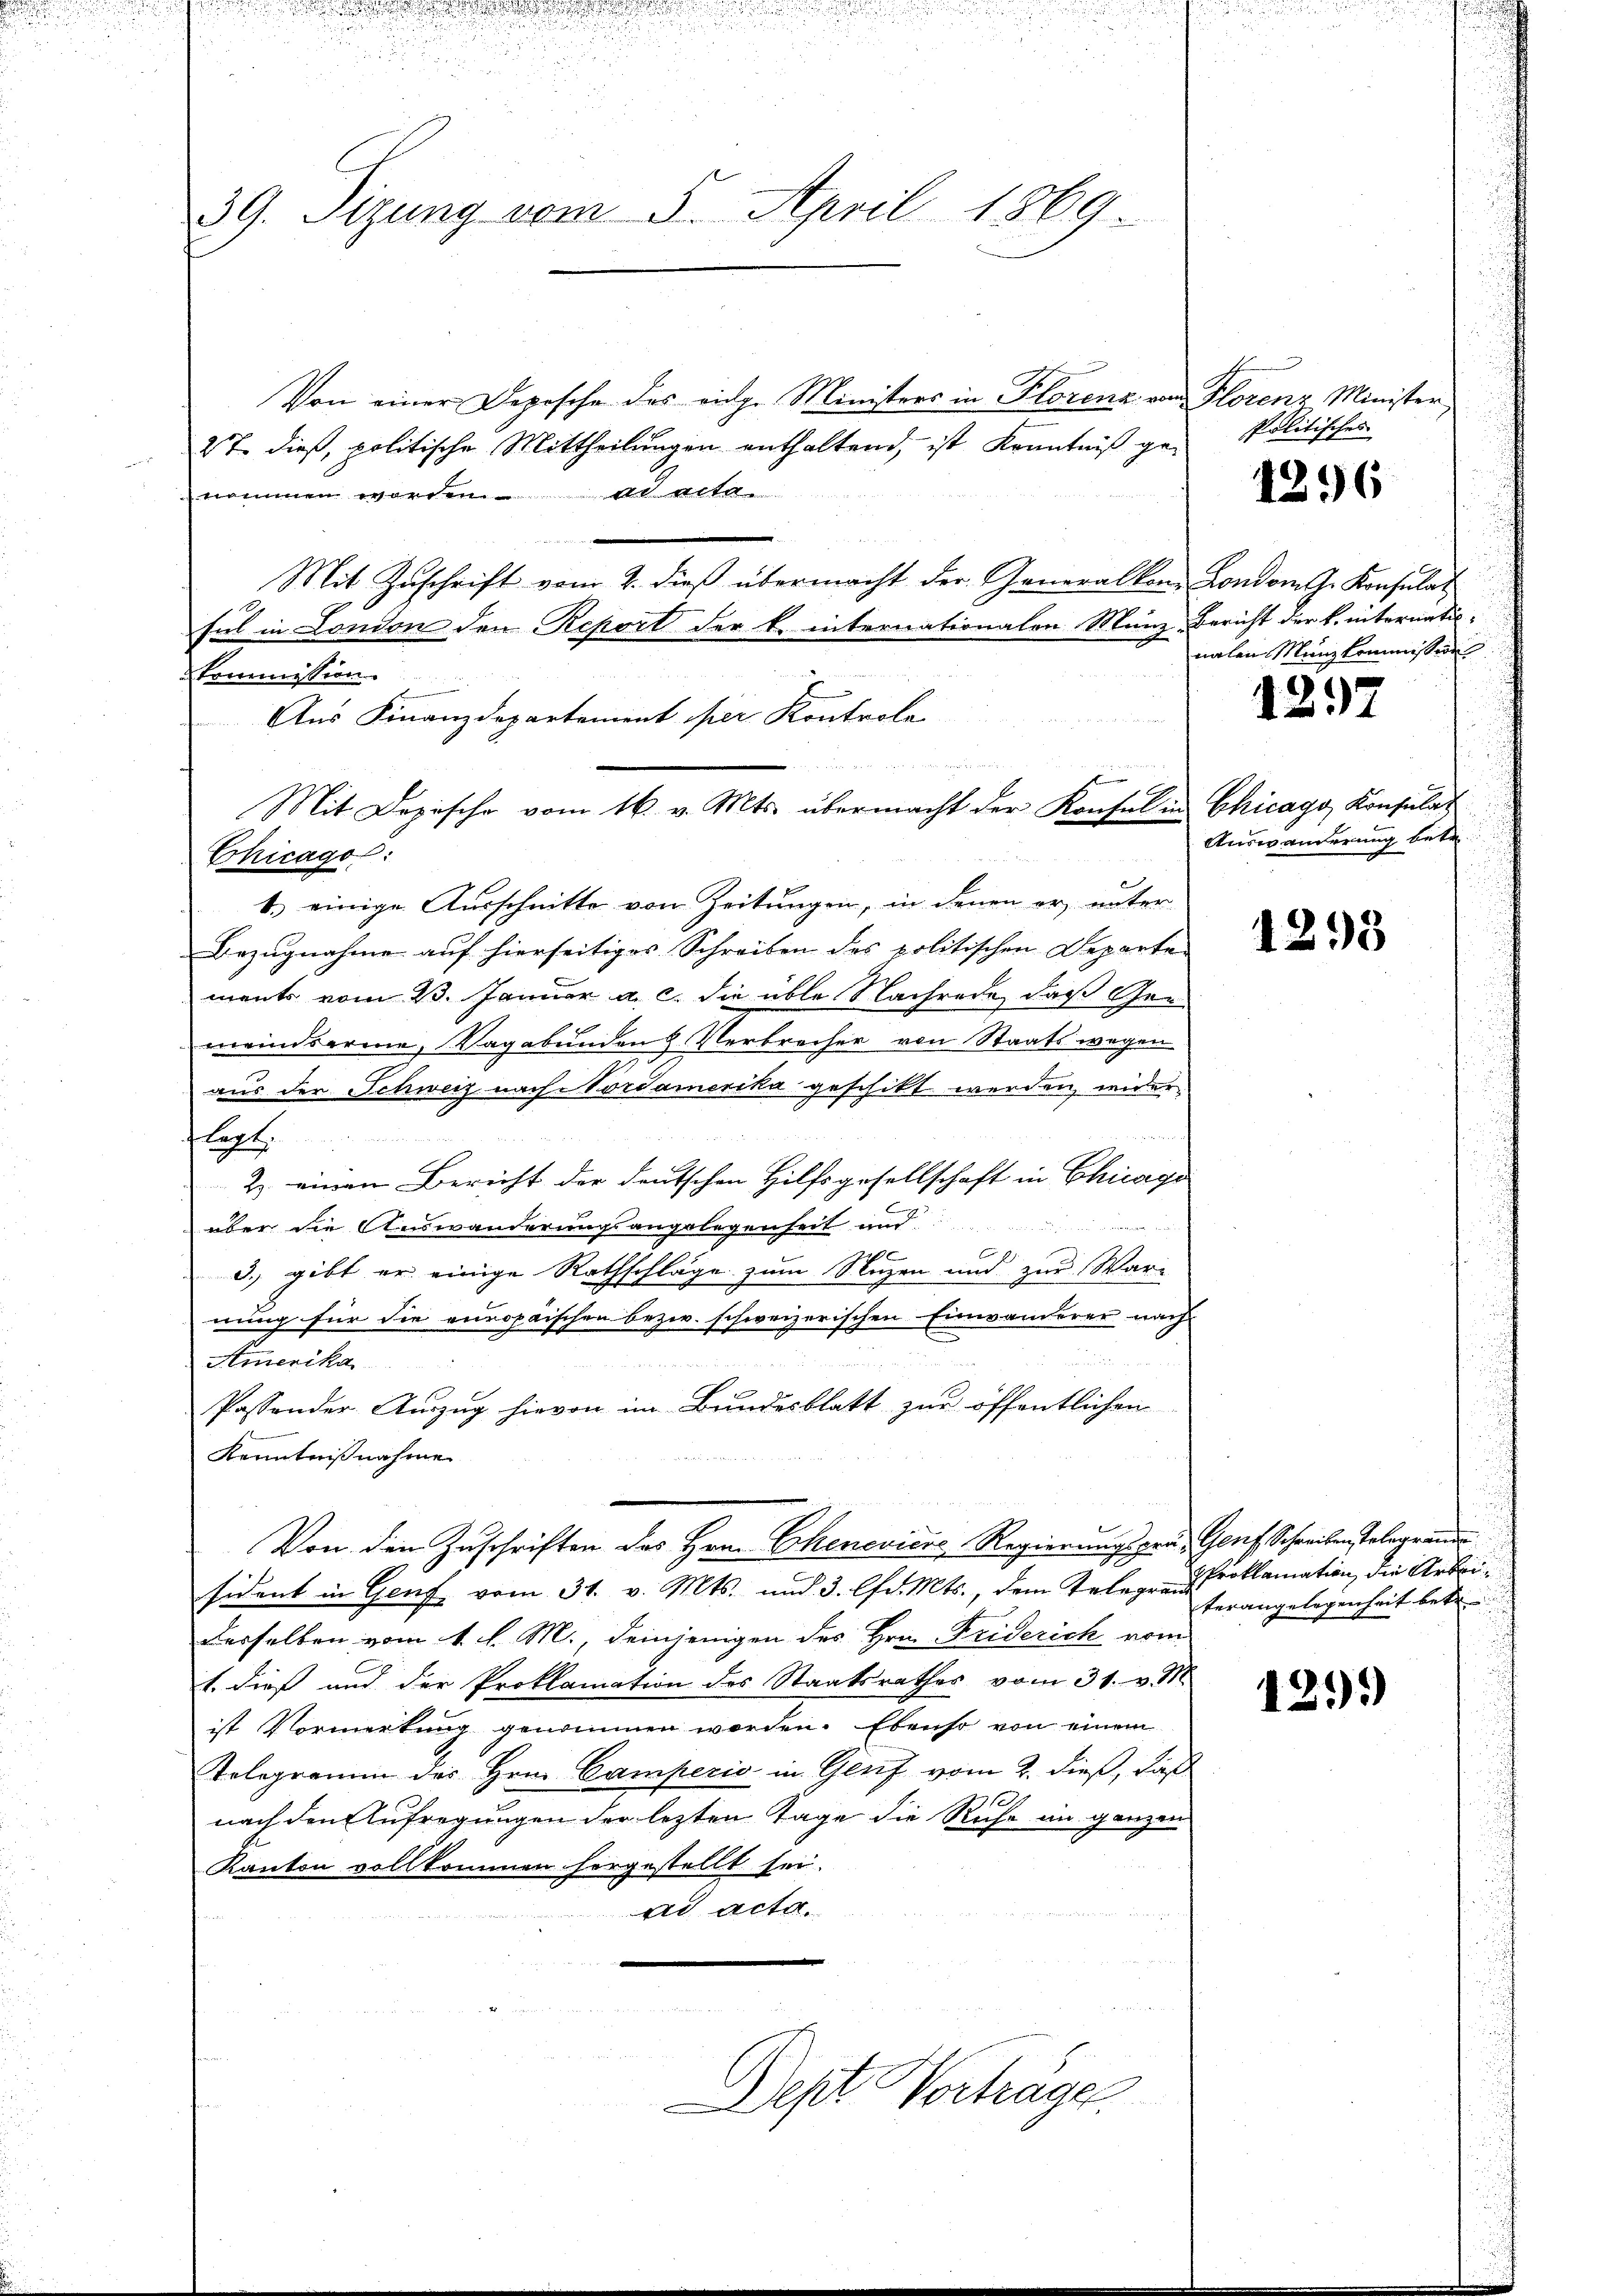
39. Sizung vom 5. April 1869.

Von einer Depesche des vinge Ministers in Florena von Florenz Minister,
2t dieß, politische Mittheilungen enthaltend, ist Kenntniß genommen worden. ad acte

Mit Zuschrift vom 2. dieß übermacht der Generalkon. London J. Konsulat
sul in London den Report der k. internationalen Münz-Bericht der k. internati-
kommission
Aus Finanzdepartement per Kontrole

u
Mit Depische vom 16. v. Mts. übermacht der Konsul in Chicago Konsulat
6.) einige Ausschnitte von Zeitungen, in denen er unter
Bezugnahme auf hierseitiges Schreiben des politischen Departe-
ments vom 23. Januar a. c. die üble Nachrede, daß Geemeindsarme, Vagabunden & Verbrecher von Staatswegen
aus der Schweiz nach Vordamerika geschikt werden, wider
lagt
2. einen Bericht der deutschen Hilfsgesellschaft in Chicago
B
über die Auswanderungsangelegenheit und
C
22
d. gibt er einige Rathschläge zum luzen und zur War-
nung für die europaischen bezw. schweizerischen Einwanderer nach
Amerika
Passender Auszug hievon im Bundesblatt zur öffentlichen
B
Kenntnißnahme.
Von dem Zuschriften des Hrn. Cheneviere Regierung prä- Genf Schreiben stelegräum
sident in Genf vom 31. v. Mts. und 3. lfd. Mts., dem Telegen Proklamation die Arbeidesselben vom 1. d. M., deinjenigen des Hrn. Friderich vom
1. dieß und der Proklamation des Staatsrathes vom 31. v. M.
ist Vormerkung genommen worden. Ebenso von einem
Telegramm des Hrn. Camperio in Genf vom 2. dieß, daß
nach den Aufregungen der letzten Tage die Ruhe in ganzen
Kanton vollkommen hergestellt sei.
ad acta.
Dept Verträge

Chicagol:

Politisches

4296

nalen Münzkommission

1297

Auswanderung betr.

1295

Verangelegenheit bekr

121)